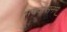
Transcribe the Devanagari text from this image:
भवदासनम्